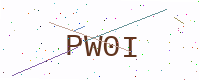
Text: PW0I